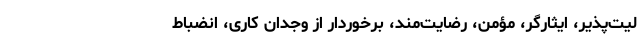
لیت‌پذیر، ایثارگر، مؤمن، رضایت‌مند، برخوردار از وجدان کاری، انضباط